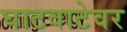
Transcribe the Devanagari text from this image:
घाटवाटेवर